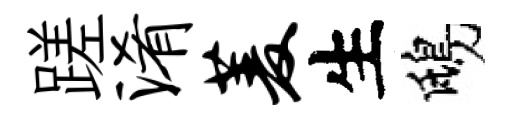
蹉淆菱生鴟